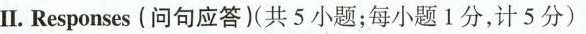
Ⅱ.Responses(问句应答)(共5小题;每小题1分,计5分)